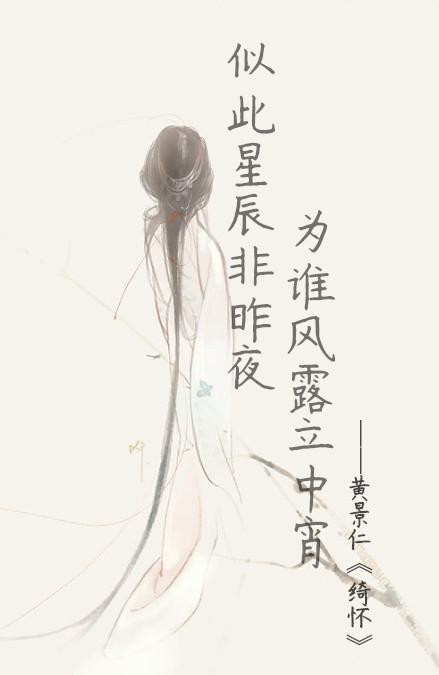
似此星辰非昨夜，为谁风露立中宵。